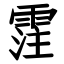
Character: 霔